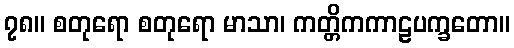
၇၈။ စတုရော စတုရော မာသာ၊ ကတ္တိကကာဠပက္ခတော။